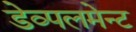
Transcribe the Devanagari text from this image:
डेव्पलमेन्ट